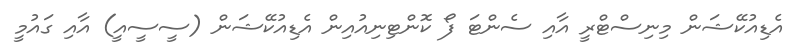
އެޑިއުކޭޝަން މިނިސްޓްރީ އާއި ސެންޓަ ފޯ ކޮންޓިނިއުއިން އެޑިއުކޭޝަން (ސީސީއީ) އާއި ގައުމީ